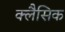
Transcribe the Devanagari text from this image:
क्लैसिक